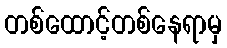
တစ်ထောင့်တစ်နေရာမှ